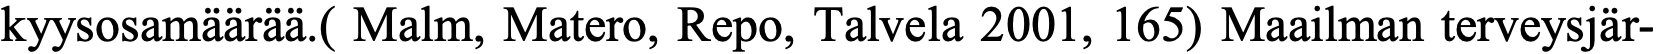
kyysosamäärää.( Malm, Matero, Repo, Talvela 2001, 165) Maailman terveysjär-